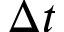
\Delta t